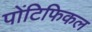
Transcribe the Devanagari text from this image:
पोंटिफिकल